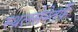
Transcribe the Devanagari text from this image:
स्थलसेनेतर्फे